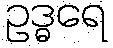
ဥဒ္ဓရေ